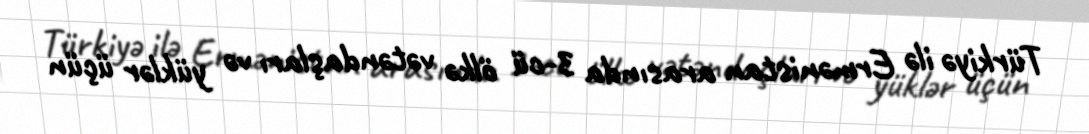
Türkiyə ilə Ermənistan arasında 3-cü ölkə vətəndaşları və yüklər üçün